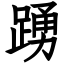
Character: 踴